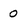
Character: 0